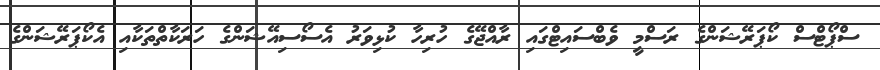
ސްޕޯޓްސް ކޯޕަރޭޝަންގެ ރަސްމީ ވެބްސައިޓްގައި ރާއްޖޭގެ ހުރިހާ ކުޅިވަރު އެސޯސިއޭޝަންގެ ހަރަކާތްތަކާއި އެކޯޕަރޭޝަންގެ